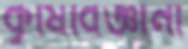
কৃষিবিজ্ঞানী